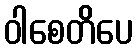
ဝါစေတိပေ